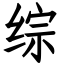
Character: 综